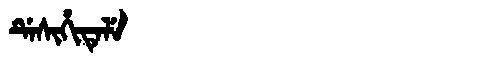
Manchu: ᡩᡝᠰᡳᡥᡳᡨᡝᠯᡝ
Romanization: DESIHITELE